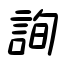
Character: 詢